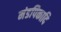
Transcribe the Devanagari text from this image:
मंडपिकादि